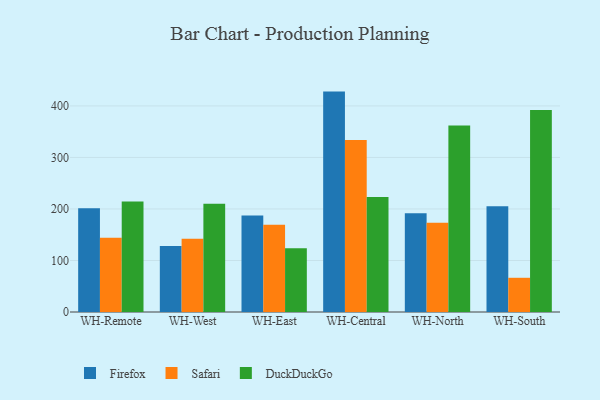
{"axis": {"x": "Warehouse", "y": "Gross Profit (USD K)"}, "legend": ["DuckDuckGo", "Firefox", "Safari"], "data": [{"x": "WH-Remote", "y": 201.5, "type": "Firefox"}, {"x": "WH-Remote", "y": 144.3, "type": "Safari"}, {"x": "WH-Remote", "y": 214.7, "type": "DuckDuckGo"}, {"x": "WH-West", "y": 128.2, "type": "Firefox"}, {"x": "WH-West", "y": 142.4, "type": "Safari"}, {"x": "WH-West", "y": 210.1, "type": "DuckDuckGo"}, {"x": "WH-East", "y": 187.3, "type": "Firefox"}, {"x": "WH-East", "y": 169.4, "type": "Safari"}, {"x": "WH-East", "y": 123.8, "type": "DuckDuckGo"}, {"x": "WH-Central", "y": 427.8, "type": "Firefox"}, {"x": "WH-Central", "y": 334.0, "type": "Safari"}, {"x": "WH-Central", "y": 223.1, "type": "DuckDuckGo"}, {"x": "WH-North", "y": 191.5, "type": "Firefox"}, {"x": "WH-North", "y": 173.1, "type": "Safari"}, {"x": "WH-North", "y": 361.9, "type": "DuckDuckGo"}, {"x": "WH-South", "y": 205.1, "type": "Firefox"}, {"x": "WH-South", "y": 66.4, "type": "Safari"}, {"x": "WH-South", "y": 391.9, "type": "DuckDuckGo"}]}